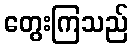
တွေးကြသည်